Indian journal of veterinary science and animal husbandry - Volumes 22-23, 1952-1953
Year: 1952
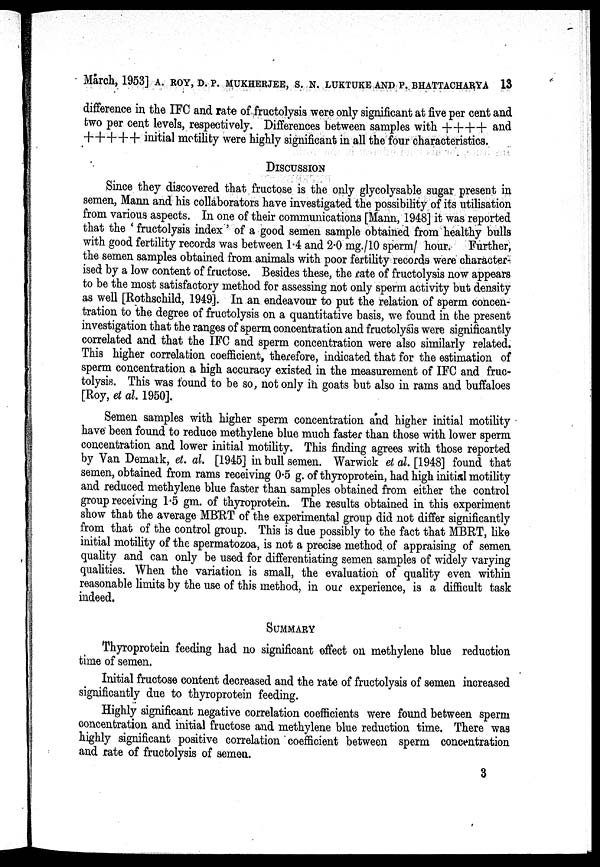
March, 1953] A. ROY, D. P. MUKHERJEE, S. N. LUKTUKE AND P. BHATTACHARYA 13
difference in the IFC and rate of fructolysis were only significant at five per cent and
two per cent levels, respectively. Differences between samples with ++++ and
+++++ initial motility were highly significant in all the four characteristics.
DISCUSSION
Since they discovered that fructose is the only glycolysable sugar present in
semen, Mann and his collaborators have investigated the possibility of its utilisation
from various aspects. In one of their communications [Mann, 1948] it was reported
that the 'fructolysis index' of a good semen sample obtained from healthy bulls
with good fertility records was between 1.4 and 2.0 mg./10 sperm/ hour. Further,
the semen samples obtained from animals with poor fertility records were character-
ised by a low content of fructose. Besides these, the rate of fructolysis now appears
to be the most satisfactory method for assessing not only sperm activity but density
as well [Rothschild, 1949]. In an endeavour to put the relation of sperm concen-
tration to the degree of fructolysis on a quantitative basis, we found in the present
investigation that the ranges of sperm concentration and fructolysis were significantly
correlated and that the IFC and sperm concentration were also similarly related.
This higher correlation coefficient, therefore, indicated that for the estimation of
sperm concentration a high accuracy existed in the measurement of IFC and fruc-
tolysis. This was found to be so, not only in goats but also in rams and buffaloes
[Roy, et al. 1950].
Semen samples with higher sperm concentration and higher initial motility
have been found to reduce methylene blue much faster than those with lower sperm
concentration and lower initial motility. This finding agrees with those reported
by Van Demark, et. al. [1945] in bull semen. Warwick et al. [1948] found that
semen, obtained from rams receiving 0.5 g. of thyroprotein, had high initial motility
and reduced methylene blue faster than samples obtained from either the control
group receiving 1.5 gm. of thyroprotein. The results obtained in this experiment
show that the average MBRT of the experimental group did not differ significantly
from that of the control group. This is due possibly to the fact that MBRT, like
initial motility of the spermatozoa, is not a precise method of appraising of semen
quality and can only be used for differentiating semen samples of widely varying
qualities. When the variation is small, the evaluation of quality even within
reasonable limits by the use of this method, in our experience, is a difficult task
indeed.
SUMMARY
Thyroprotein feeding had no significant effect on methylene blue reduction
time of semen.
Initial fructose content decreased and the rate of fructolysis of semen increased
significantly due to thyroprotein feeding.
Highly significant negative correlation coefficients were found between sperm
concentration and initial fructose and methylene blue reduction time. There was
highly significant positive correlation coefficient between sperm concentration
and rate of fructolysis of semen.
3